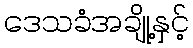
ဒေသခံအချို့နှင့်